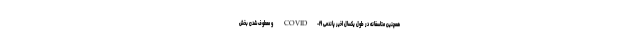
همچنین متاسفانه در طول یکسال اخیر پاندمی COVID-۱۹ و معطوف شدن بخش